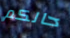
حالكم